Report on the Nagpur School of Medicine, Central Provinces
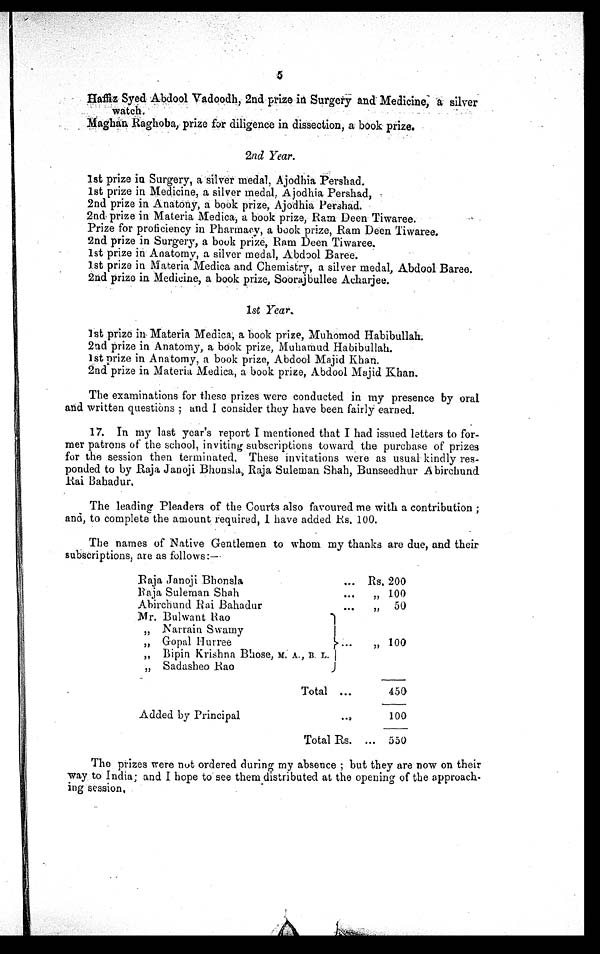
5
Haffiz Syed Abdool Vadoodh, 2nd prize in Surgery and Medicine, a silver
watch.
Maghan Raghoba, prize for diligence in dissection, a book prize.
2nd Year.
1st prize in Surgery, a silver medal, Ajodhia Pershad.
1st prize in Medicine, a silver medal, Ajodhia Pershad,
2nd prize in Anatony, a book prize, Ajodhia Pershad.
2nd prize in Materia Medica, a book prize, Ram Deen Tiwaree
.
Prize for proficiency in Pharmacy, a book prize, Ram Deen Tiwaree.
2nd prize in Surgery, a book prize, Ram Deen Tiwaree.
1st prize in Anatomy, a silver medal, Abdool Baree.
1st prize in Materia Medica and Chemistry, a silver medal, Abdool Baree.
2nd prize in Medicine, a book prize, Soorajbullee Acharjee.
1st Year .
1st prize in Materia Medica, a book prize, Muhomod Habibullah.
2nd prize in Anatomy, a book prize, Muhamud Habibullah.
1st prize in Anatomy, a book prize, Abdool Majid Khan.
2nd prize in Materia Medica, a book prize, Abdool Majid Khan.
The examinations for these prizes were conducted in my presence by oral
and written questions ; and I consider they have been fairly earned.
17. In my last year's report I mentioned that I had issued letters to for-
mer patrons of the school, inviting subscriptions toward the purchase of prizes
for the session then terminated. These invitations were as usual kindly
res-ponded to by Raja Janoji Bhonsla, Raja Suleman Shah, Bunseedhur A birchund
Rai Bahadur.
The leading Pleaders of the Courts also favoured me with a contribution ;
and, to complete the amount required, I have added Rs, 100.
The names of Native Gentlemen to whom my thanks are due, and their
subscriptions, are as follows:—
Raja Janoji Bhonsla
... Rs. 200
Raja Suleman Shah
...
,, 100
Abirchund Rai Bahadur
...
,,
50
Mr. Bulwant Rao
„ Narrain Swamy
,,
Gopal Hurree
...
, , 100
,, Bipin Krishna Bhose, M. A., B. L.
,, Sadasheo Rao
Total ...
450
Added by Principal
...
100
Total Rs. ... 550
The prizes were not ordered during my absence ; but they are now on their
way to India; and I hope to see them distributed at the opening of the approach
-ing session.